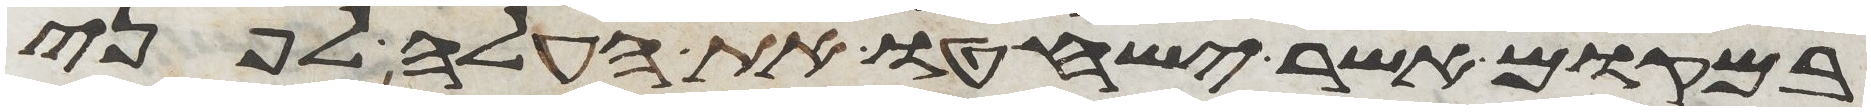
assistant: במקום אשר ישחטו את העלה לפני